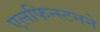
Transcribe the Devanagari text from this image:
एलफिन्स्टनने